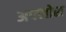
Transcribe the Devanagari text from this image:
अफ्सोस